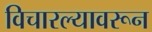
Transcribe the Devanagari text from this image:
विचारल्यावरून